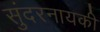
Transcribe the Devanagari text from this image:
सुंदरनायकी